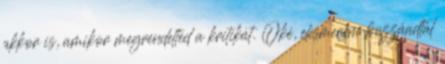
akkor is, amikor megrendelted a kritikát. Oké, elismerem hozzáadtál